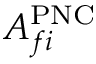
A _ { f i } ^ { \mathrm { P N C } }